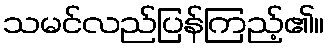
သမင်လည်ပြန်ကြည့်၏။